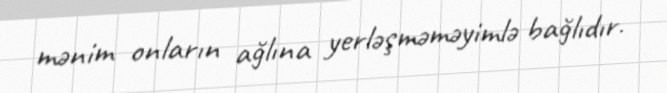
mənim onların ağlına yerləşməməyimlə bağlıdır.